Indian journal of veterinary science and animal husbandry - Volume 4,
Year: 1934
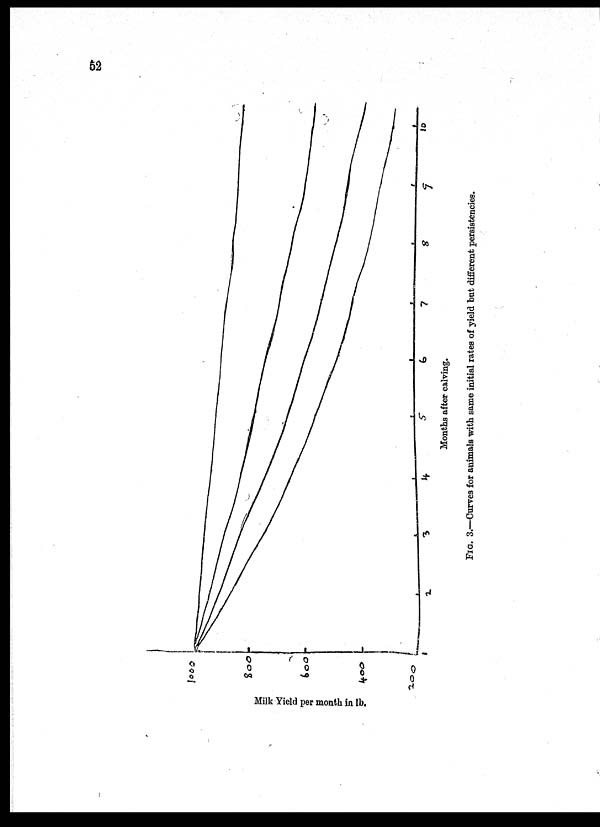
52
FIG.
3.—Curves for animals with same initial rates of yield but different persistencies.